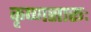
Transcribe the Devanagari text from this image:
कृष्‍णसारूः